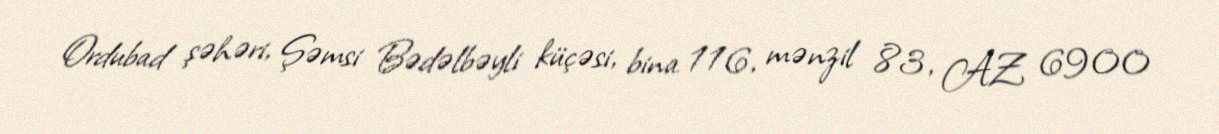
Ordubad şəhəri, Şəmsi Bədəlbəyli küçəsi, bina 116, mənzil 83, AZ 6900